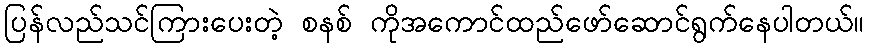
ပြန်လည်သင်ကြားပေးတဲ့ စနစ် ကိုအကောင်ထည်ဖော်ဆောင်ရွက်နေပါတယ်။